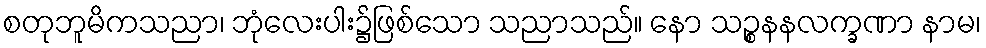
စတုဘူမိကသညာ၊ ဘုံလေးပါး၌ဖြစ်သော သညာသည်။ နော သဉ္စနနလက္ခဏာ နာမ၊